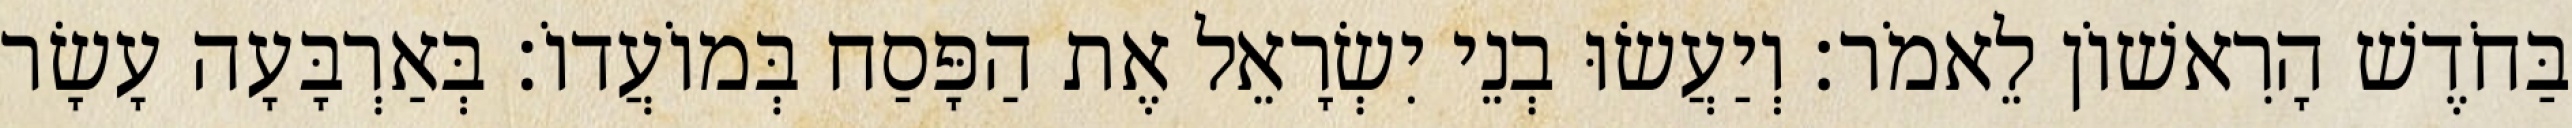
בַּחֹדֶשׁ הָרִאשׁוֹן לֵאמֹר׃ וְיַעֲשׂוּ בְנֵי יִשְׂרָאֵל אֶת הַפָּסַח בְּמוֹעֲדוֹ׃ בְּאַרְבָּעָה עָשָׂר